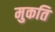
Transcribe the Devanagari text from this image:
मुकति